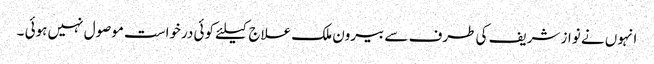
انہوں نے نواز شریف کی طرف سے بیرون ملک علاج کیلئے کوئی درخواست موصول نہیں ہوئی ۔